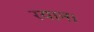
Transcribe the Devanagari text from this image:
रयान।